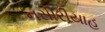
નસીરીયાહ